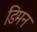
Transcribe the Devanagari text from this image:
डिमन